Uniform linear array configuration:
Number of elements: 16
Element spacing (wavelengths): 0.25
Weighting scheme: hamming
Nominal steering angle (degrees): -45
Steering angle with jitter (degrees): -43.154
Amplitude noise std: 0.05
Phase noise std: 0.05

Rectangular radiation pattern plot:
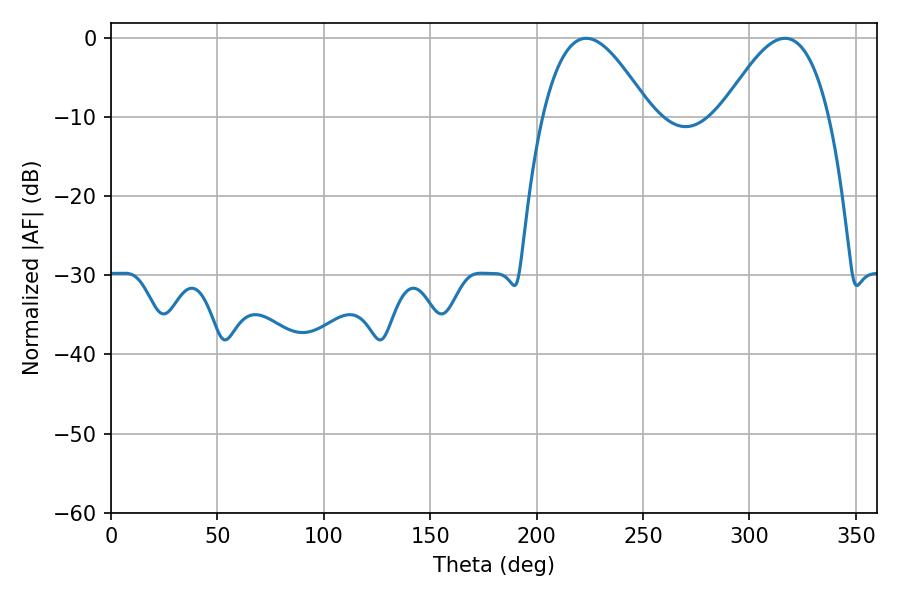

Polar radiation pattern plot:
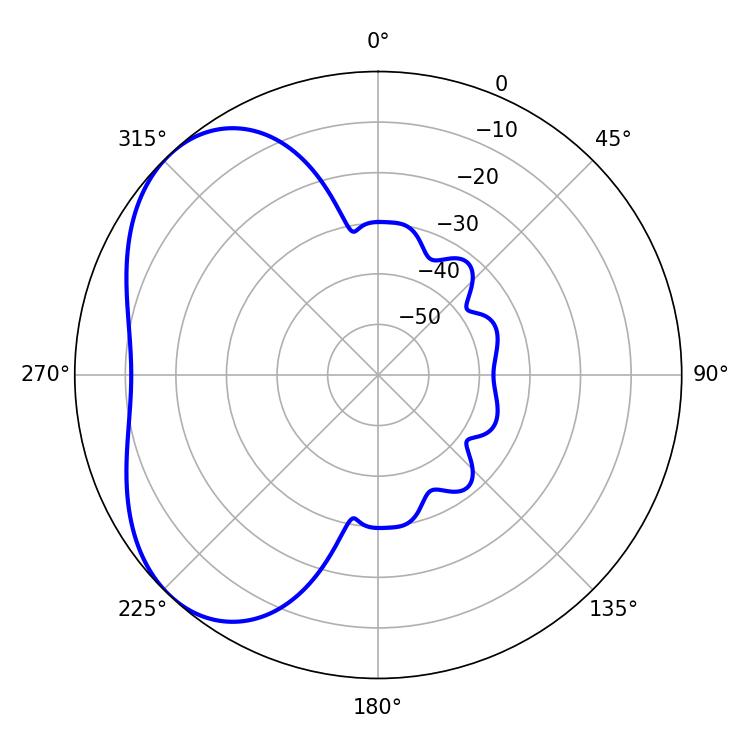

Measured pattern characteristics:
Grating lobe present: FALSE
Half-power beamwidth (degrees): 27.54
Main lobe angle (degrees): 223.38